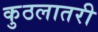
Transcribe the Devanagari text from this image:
कुठलातरी